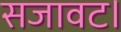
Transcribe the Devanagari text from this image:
सजावट।